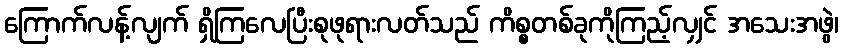
ကြောက်လန့်လျက် ရှိကြလေပြီးစုဖုရားလတ်သည် ကိစ္စတစ်ခုကိုကြည့်လျှင် အသေးအဖွဲ၊